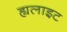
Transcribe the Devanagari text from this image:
ह्यलाइट